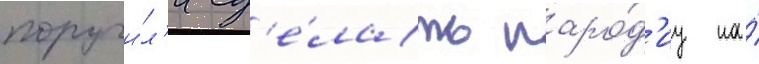
поручи́л'и сд'е́лать паро́д'иу на́